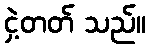
ငှဲ့တတ် သည်။